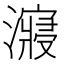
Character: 𰝠